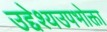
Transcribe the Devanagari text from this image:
उद्देश्यउपभोक्ता